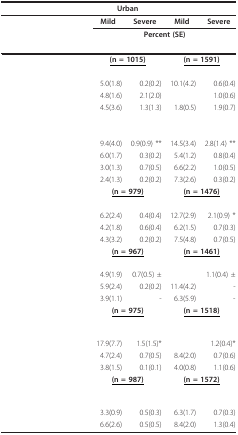
<table><thead><tr><td>[EMPTY_CELL]</td><td colspan="2"><b>Urban</b></td><td colspan="2">[EMPTY_CELL]</td></tr></thead><tbody><tr><td>[EMPTY_CELL]</td><td><b>Mild</b></td><td><b>Severe</b></td><td><b>Mild</b></td><td><b>Severe</b></td></tr><tr><td>[EMPTY_CELL]</td><td colspan="4"><b>Percent (SE)</b></td></tr><tr><td colspan="5">[EMPTY_CELL]</td></tr><tr><td>[EMPTY_CELL]</td><td colspan="2"><b><underline>(n = 1015)</underline></b></td><td colspan="2"><b><underline>(n = 1591)</underline></b></td></tr><tr><td>[EMPTY_CELL]</td><td>[EMPTY_CELL]</td><td>[EMPTY_CELL]</td><td>[EMPTY_CELL]</td><td>[EMPTY_CELL]</td></tr><tr><td>[EMPTY_CELL]</td><td>5.0(1.8)</td><td>0.2(0.2)</td><td>10.1(4.2)</td><td>0.6(0.4)</td></tr><tr><td>[EMPTY_CELL]</td><td>4.8(1.6)</td><td>2.1(2.0)</td><td>[EMPTY_CELL]</td><td>1.0(0.6)</td></tr><tr><td>[EMPTY_CELL]</td><td>4.5(3.6)</td><td>1.3(1.3)</td><td>1.8(0.5)</td><td>1.9(0.7)</td></tr><tr><td>[EMPTY_CELL]</td><td>[EMPTY_CELL]</td><td>[EMPTY_CELL]</td><td>[EMPTY_CELL]</td><td>[EMPTY_CELL]</td></tr><tr><td>[EMPTY_CELL]</td><td>9.4(4.0)</td><td>0.9(0.9) **</td><td>14.5(3.4)</td><td>2.8(1.4) **</td></tr><tr><td>[EMPTY_CELL]</td><td>6.0(1.7)</td><td>0.3(0.2)</td><td>5.4(1.2)</td><td>0.8(0.4)</td></tr><tr><td>[EMPTY_CELL]</td><td>3.0(1.3)</td><td>0.7(0.5)</td><td>6.6(2.2)</td><td>1.0(0.5)</td></tr><tr><td>[EMPTY_CELL]</td><td>2.4(1.3)</td><td>0.2(0.2)</td><td>7.3(2.6)</td><td>0.3(0.2)</td></tr><tr><td>[EMPTY_CELL]</td><td colspan="2"><b><underline>(n = 979)</underline></b></td><td colspan="2"><b><underline>(n = 1476)</underline></b></td></tr><tr><td>[EMPTY_CELL]</td><td>[EMPTY_CELL]</td><td>[EMPTY_CELL]</td><td>[EMPTY_CELL]</td><td>[EMPTY_CELL]</td></tr><tr><td>[EMPTY_CELL]</td><td>6.2(2.4)</td><td>0.4(0.4)</td><td>12.7(2.9)</td><td>2.1(0.9) *</td></tr><tr><td>[EMPTY_CELL]</td><td>4.2(1.8)</td><td>0.6(0.4)</td><td>6.2(1.5)</td><td>0.7(0.3)</td></tr><tr><td>[EMPTY_CELL]</td><td>4.3(3.2)</td><td>0.2(0.2)</td><td>7.5(4.8)</td><td>0.7(0.5)</td></tr><tr><td>[EMPTY_CELL]</td><td colspan="2"><b><underline>(n = 967)</underline></b></td><td colspan="2"><b><underline>(n = 1461)</underline></b></td></tr><tr><td>[EMPTY_CELL]</td><td>[EMPTY_CELL]</td><td>[EMPTY_CELL]</td><td>[EMPTY_CELL]</td><td>[EMPTY_CELL]</td></tr><tr><td>[EMPTY_CELL]</td><td>4.9(1.9)</td><td>0.7(0.5) ±</td><td>[EMPTY_CELL]</td><td>1.1(0.4) ±</td></tr><tr><td>[EMPTY_CELL]</td><td>5.9(2.4)</td><td>0.2(0.2)</td><td>11.4(4.2)</td><td>-</td></tr><tr><td>[EMPTY_CELL]</td><td>3.9(1.1)</td><td>-</td><td>6.3(5.9)</td><td>-</td></tr><tr><td>[EMPTY_CELL]</td><td colspan="2"><b><underline>(n = 975)</underline></b></td><td colspan="2"><b><underline>(n = 1518)</underline></b></td></tr><tr><td>[EMPTY_CELL]</td><td>[EMPTY_CELL]</td><td>[EMPTY_CELL]</td><td>[EMPTY_CELL]</td><td>[EMPTY_CELL]</td></tr><tr><td>[EMPTY_CELL]</td><td>17.9(7.7)</td><td>1.5(1.5)*</td><td>[EMPTY_CELL]</td><td>1.2(0.4)*</td></tr><tr><td>[EMPTY_CELL]</td><td>4.7(2.4)</td><td>0.7(0.5)</td><td>8.4(2.0)</td><td>0.7(0.6)</td></tr><tr><td>[EMPTY_CELL]</td><td>3.8(1.5)</td><td>0.1(0.1)</td><td>4.0(0.8)</td><td>1.1(0.6)</td></tr><tr><td>[EMPTY_CELL]</td><td colspan="2"><b><underline>(n = 987)</underline></b></td><td colspan="2"><b><underline>(n = 1572)</underline></b></td></tr><tr><td>[EMPTY_CELL]</td><td>[EMPTY_CELL]</td><td>[EMPTY_CELL]</td><td>[EMPTY_CELL]</td><td>[EMPTY_CELL]</td></tr><tr><td>[EMPTY_CELL]</td><td>3.3(0.9)</td><td>0.5(0.3)</td><td>6.3(1.7)</td><td>0.7(0.3)</td></tr><tr><td>[EMPTY_CELL]</td><td>6.6(2.6)</td><td>0.5(0.5)</td><td>8.4(2.0)</td><td>1.3(0.4)</td></tr></tbody></table>